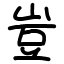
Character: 豈